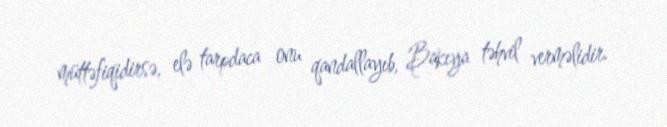
müttəfiqidirsə, elə tarpdaca onu qandallayıb, Bakıya təhvil verməlidir.